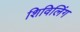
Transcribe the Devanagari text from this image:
शिविलिंग